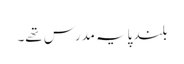
بلند پایہ مدرس تھے۔